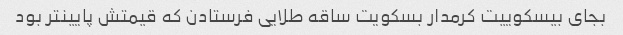
بجای بیسکوییت کرمدار بسکویت ساقه طلایی فرستادن که قیمتش پایینتر بود